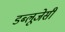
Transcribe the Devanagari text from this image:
डब्लूजेसी